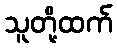
သူတို့ထက်